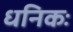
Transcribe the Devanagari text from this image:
धनिकः